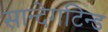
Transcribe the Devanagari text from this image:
सान्देगटिन्ड